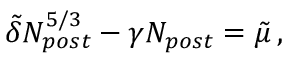
\begin{array} { r } { \tilde { \delta } N _ { p o s t } ^ { 5 / 3 } - \gamma N _ { p o s t } = \tilde { \mu } \, , } \end{array}